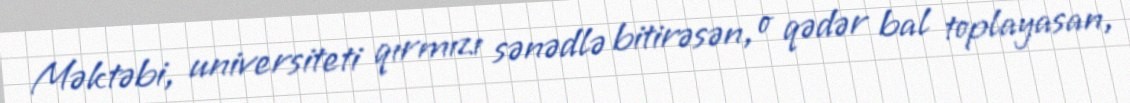
Məktəbi, universiteti qırmızı sənədlə bitirəsən, o qədər bal toplayasan,